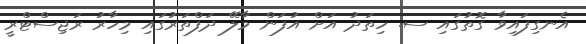
އެނގިފައިވާ ގޮތުގައި ސ. ހިތަދު އަށް އުފަން މާލޭ ދަފްތަރުގައި މިހާރު ރަޖިސްޓްރީ